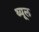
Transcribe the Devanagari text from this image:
थ्यूल